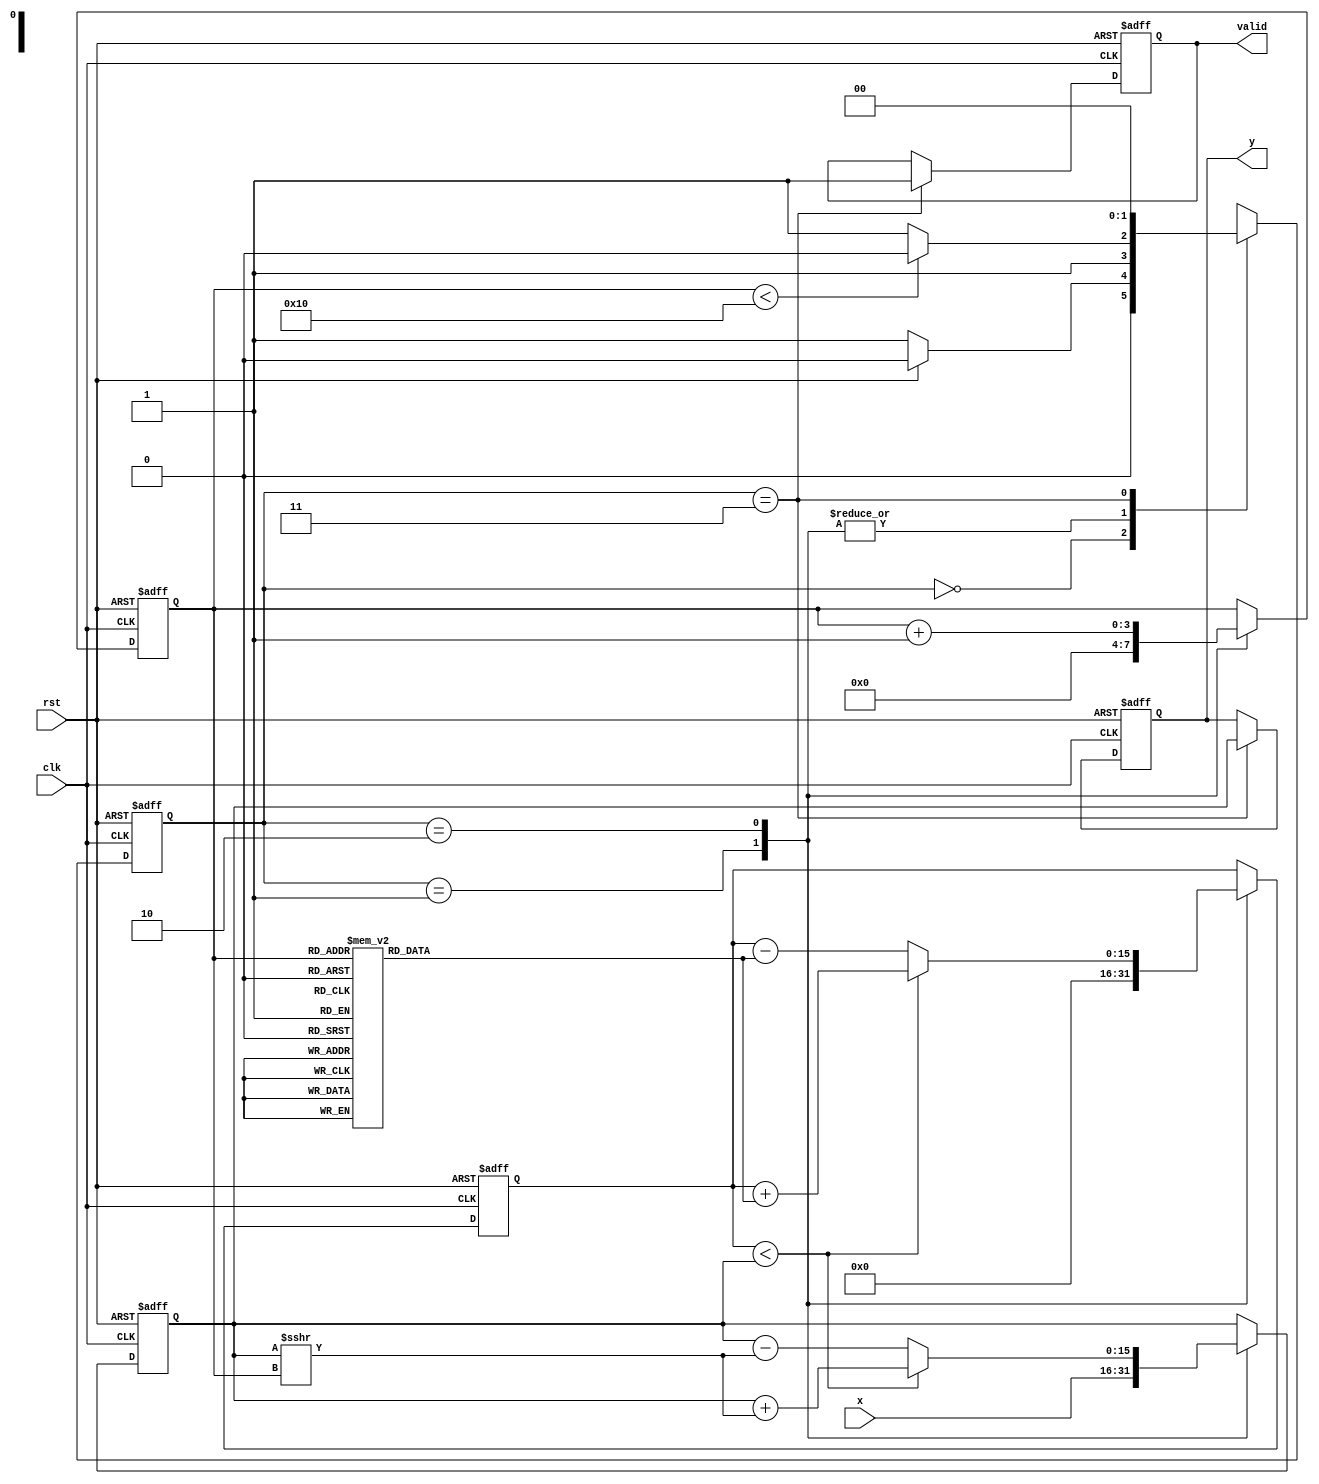
module cordic_sqrt (
    input  wire clk,         // Clock signal
    input  wire rst,         // Reset signal
    input  wire [15:0] x,    // Input data (positive fixed-point number)
    output reg  [15:0] y,     // Square root result (fixed-point)
    output reg  valid         // Valid signal for output
);

    // Parameters
    parameter NUM_ITERATIONS = 16;
    parameter ANGLE_WIDTH = 16;

    // Internal Registers
    reg  [15:0] A;            // Current approximation of sqrt
    reg  [15:0] Z;            // Intermediate value
    reg  [3:0] iteration;     // Iteration counter
    reg  [15:0] atan_table [0:NUM_ITERATIONS-1]; // atan(2^(-i)) lookup table

    // Initializing the atan table for 16 iterations
    initial begin
        atan_table[0] = 16'h0;          // atan(1) -> 0
        atan_table[1] = 16'h4000;       // atan(0.5) -> 0.4636 (in Q15 format)
        atan_table[2] = 16'h2000;       // atan(0.25) -> 0.2449
        atan_table[3] = 16'h1C71;       // atan(0.125) -> 0.1244
        atan_table[4] = 16'h1A4D;       // atan(0.0625) -> 0.0624
        atan_table[5] = 16'h19A0;       // atan(0.03125) -> 0.03125
        atan_table[6] = 16'h195A;       // atan(0.015625)
        atan_table[7] = 16'h193C;       // atan(0.0078125)
        atan_table[8] = 16'h1920;       // atan(0.00390625)
        atan_table[9] = 16'h1910;       // atan(0.001953125)
        atan_table[10] = 16'h1908;      // atan(0.0009765625)
        atan_table[11] = 16'h1904;      // atan(0.00048828125)
        atan_table[12] = 16'h1902;      // atan(0.000244140625)
        atan_table[13] = 16'h1901;      // atan(0.0001220703125)
        atan_table[14] = 16'h1900;      // atan(0.00006103515625)
        atan_table[15] = 16'h1900;      // atan(0.000030517578125)
    end

    // FSM States
    parameter IDLE = 2'b00;
    parameter INIT = 2'b01;
    parameter ITERATE = 2'b10;
    parameter OUTPUT = 2'b11;
    reg [1:0] state, next_state;

    // State Transition Logic
    always @(posedge clk or posedge rst) begin
        if (rst) begin
            state <= IDLE;
        end else begin
            state <= next_state;
        end
    end

    // Next State Logic
    always @(*) begin
        case (state)
            IDLE: next_state = rst ? IDLE : INIT;
            INIT: next_state = (iteration < NUM_ITERATIONS) ? ITERATE : OUTPUT;
            ITERATE: next_state = (iteration < NUM_ITERATIONS) ? ITERATE : OUTPUT;
            OUTPUT: next_state = IDLE;
            default: next_state = IDLE;
        endcase
    end

    // State Actions
    always @(posedge clk or posedge rst) begin
        if (rst) begin
            y <= 16'h0;
            valid <= 1'b0;
            A <= 16'h0;
            Z <= 16'h0;
            iteration <= 4'b0;
        end else begin
            case (state)
                INIT: begin
                    A <= x;                    // Initialize A with input
                    Z <= 16'h0;                // Initialize Z
                    iteration <= 4'b0;         // Reset iteration count
                end
                ITERATE: begin
                    // CORDIC iteration
                    if (Z < A) begin
                        A <= A + (A >>> iteration); // A = A + A / (2^n)
                        Z <= Z + atan_table[iteration];
                    end else begin
                        A <= A - (A >>> iteration); // A = A - A / (2^n)
                        Z <= Z - atan_table[iteration];
                    end
                    iteration <= iteration + 1; // Increment iteration count
                end
                OUTPUT: begin
                    y <= A;                     // Output result
                    valid <= 1'b1;             // Indicate result is valid
                end
            endcase
        end
    end

endmodule